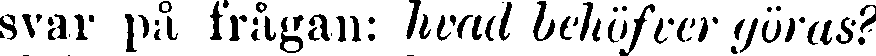
svar på frågan: hvad behöfver göras?